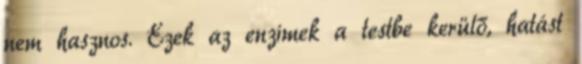
nem hasznos. Ezek az enzimek a testbe kerülő, hatást